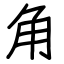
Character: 角